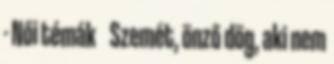
- Női témák Szemét, önző dög, aki nem